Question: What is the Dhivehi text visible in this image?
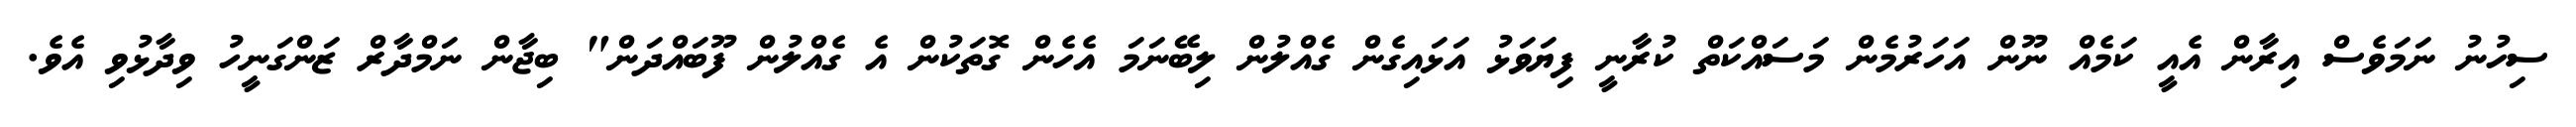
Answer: ސިހުނު ނަމަވެސް އިރާން އެއީ ކަމެއް ނޫން އަހަރުމެން މަސައްކަތް ކުރާނީ ފިޔަވަޅު އަޅައިގެން ގެއްލުން ލިބޭނަމަ އެހެން ގޮތަކުން އެ ގެއްލުން ފޫބައްދަން" ބިޖާން ނަމްދާރް ޒަންގަނީހު ވިދާޅުވި އެވެ.